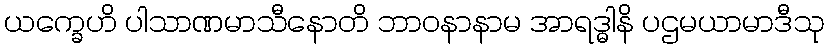
ယက္ခေဟိ ပါသာဏမာသီနောတိ ဘာဝနာနာမ အာရဒ္ဓါနိ ပဌမယာမာဒီသု